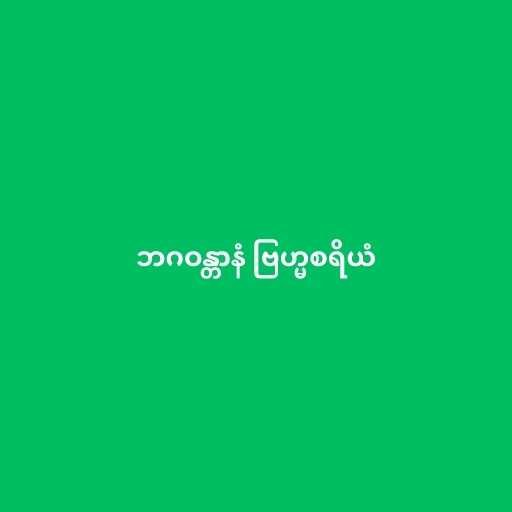
ဘဂဝန္တာနံ ဗြဟ္မစရိယံ